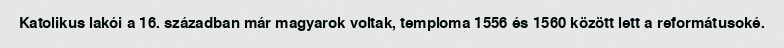
Katolikus lakói a 16. században már magyarok voltak, temploma 1556 és 1560 között lett a reformátusoké.